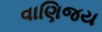
વાણિજય